Report of the Indian Hemp Drugs Commission, 1894-1895 - Volume IV
Year: 1894
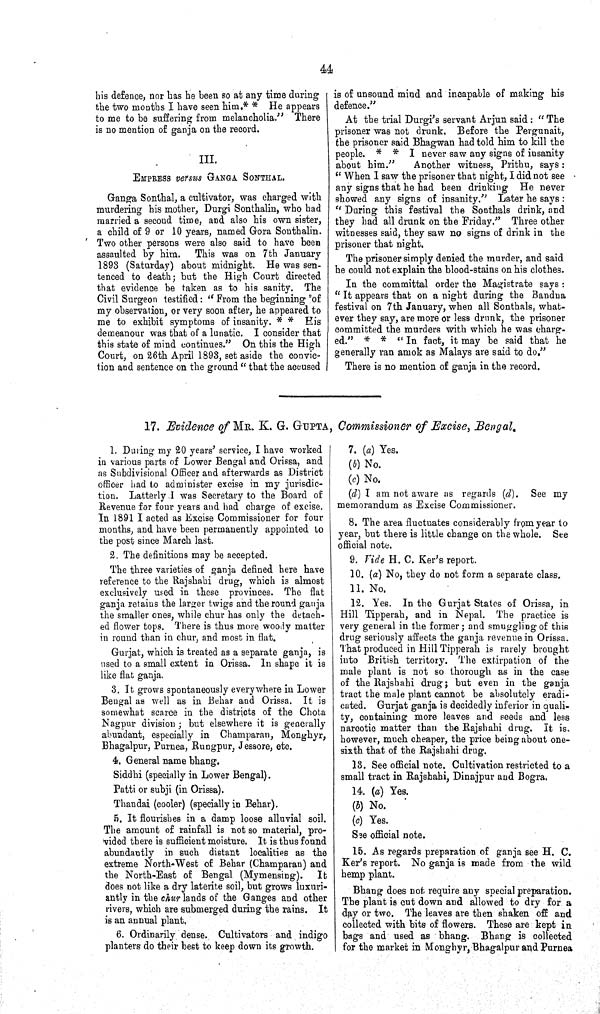
44
his defence, nor has he been so at any time during
the two months I have seen him.** He appears
to me to be suffering from melancholia." There
is no mention of ganja on the record.
III.
EMPRESS versus GANGA SONTHAL.
Ganga Sonthal, a cultivator, was charged with
murdering his mother, Durgi Sonthalin, who had
married a second time, and also his own sister,
a child of 9 or 10 years, named Gora Sonthalin.
Two other persons were also said to have been
assaulted by him.
This was on 7th January
1893 (Saturday) about midnight. He was sen-
tenced to death; but the High Court directed
that evidence be taken as to his sanity. The
Civil Surgeon testified: "From the beginning of
my observation, or very soon after, he appeared to
me to exhibit symptoms of insanity. * * His
demeanour was that of a lunatic. I consider that
this state of mind continues." On this the High
Court, on 26th April 1893, set aside the convic-
tion and sentence on the ground "that the accused
is of unsound mind and incapable of making his
defence."
At the trial Durgi's servant Arjun said: "The
prisoner was not drunk. Before the Pergunait,
the prisoner said Bhagwan had told him to kill the
people. **
I never saw any signs of insanity
about
him."
Another witness, Prithu, says:
"When I saw the prisoner that night, I did not see
any signs that he had been drinking He never
showed any signs of insanity." Later he says:
"During t0his festival the Sonthals drink, and
they had all drunk on the Friday." Three other
witnesses said, they saw no signs of drink in the
prisoner that night,
The prisoner simply denied the murder, and said
he could not explain the blood-stains on his clothes.
In the committal order the Magistrate says:
"It appears that on a night during the Bandna
festival on 7th January, when all Sonthals, what-
ever they say, are more or less drunk, the prisoner
committed the murders with which he was charg-
ed." * * "In fact, it may be said that he
generally ran amok as Malays are said to do."
There is no mention of ganja in the record.
17. Evidence of MR. K. G. GUPTA, Commissioner of Excise, Bengal.
1. During my 20 years' service, I have worked
in various parts of Lower Bengal and Orissa, and
as Subdivisional Officer and afterwards as District
officer had to administer excise in my jurisdic-
tion. Latterly I was Secretary to the Board of
Revenue for four years and had charge of excise.
In 1891 I acted as Excise Commissioner for four
months, and have been permanently appointed to
the post since March last.
2. The definitions may be accepted.
The three varieties of ganja defined here have
reference to the Rajshahi drug, which is almost
exclusively used in these provinces. The flat
ganja retains the larger twigs and the round ganja
the smaller ones, while chur has only the detach-
ed flower tops. There is thus more woody matter
in round than in chur, and most in flat.
Gurjat, which is treated as a separate ganja, is
used to a small extent in Orissa. In shape it is
like flat ganja.
3. It grows spontaneously everywhere in Lower
Bengal as well as in Behar and Orissa. It is
somewhat scarce in the districts of the Chota
Nagpur division; but elsewhere it is generally
abundant, especially in Champaran, Monghyr,
Bhagalpur, Purnea, Rungpur, Jessore, etc.
4. General name bhang.
Siddhi (specially in Lower Bengal).
Patti or subji (in Orissa).
Thandai (cooler) (specially in Behar).
5. It flourishes in a damp loose alluvial soil.
The amount of rainfall is not so material, pro-
vided there is sufficient moisture. It is thus found
abundantly in such distant localities as the
extreme North-West of Behar (Champaran) and
the North-East of Bengal (Mymensing).
lt
does not like a dry laterite soil, but grows luxuri-
antly in the chur lands of the Ganges and other
rivers, which are submerged during the rains. It
is an annual plant.
6. Ordinarily dense. Cultivators and indigo
planters do their best to keep down its growth.
7. (a) Yes.
(b) No.
(c) No.
(d) I am not aware as regards (d). See my
memorandum as Excise Commissioner.
8. The area fluctuates considerably from year to
year, but there is little change on the whole. See
official note.
9. Vide H. C. Ker's report.
10. (a) No, they do not form a separate class.
11. No.
12. Yes. In the Gurjat States of Orissa, in
Hill Tipperah, and in Nepal. The practice is
very general in the former; and smuggling of this
drug seriously affects the ganja revenue in Orissa.
That produced in Hill Tipperah is rarely brought
into British territory. The extirpation of the
male plant is not so thorough as in the case
of the Rajshahi drug; but even in the ganja
tract the male plant cannot be absolutely eradi-
cated. Gurjat ganja is decidedly inferior in quali-
ty, containing more leaves and seeds and less
narcotic matter than the Rajshahi drug. It is,
however, much cheaper, the price being about one-
sixth that of the Rajshahi drug.
13. See official note. Cultivation restricted to a
small tract in Rajshahi, Dinajpur and Bogra.
14. (a) Yes.
(b) No.
(c) Yes.
See official note.
15. As regards preparation of ganja see H. C.
Ker's report. No ganja is made from the wild
hemp plant.
Bhang does not require any special preparation.
The plant is cut down and allowed to dry for a
day or two. The leaves are then shaken off and
collected with bits of flowers. These are kept in
bags and used as bhang. Bhang is collected
for the market in Monghyr, Bhagalpur and Purnea